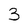
Character: 3